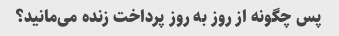
پس چگونه از روز به روز پرداخت زنده می‌مانید؟